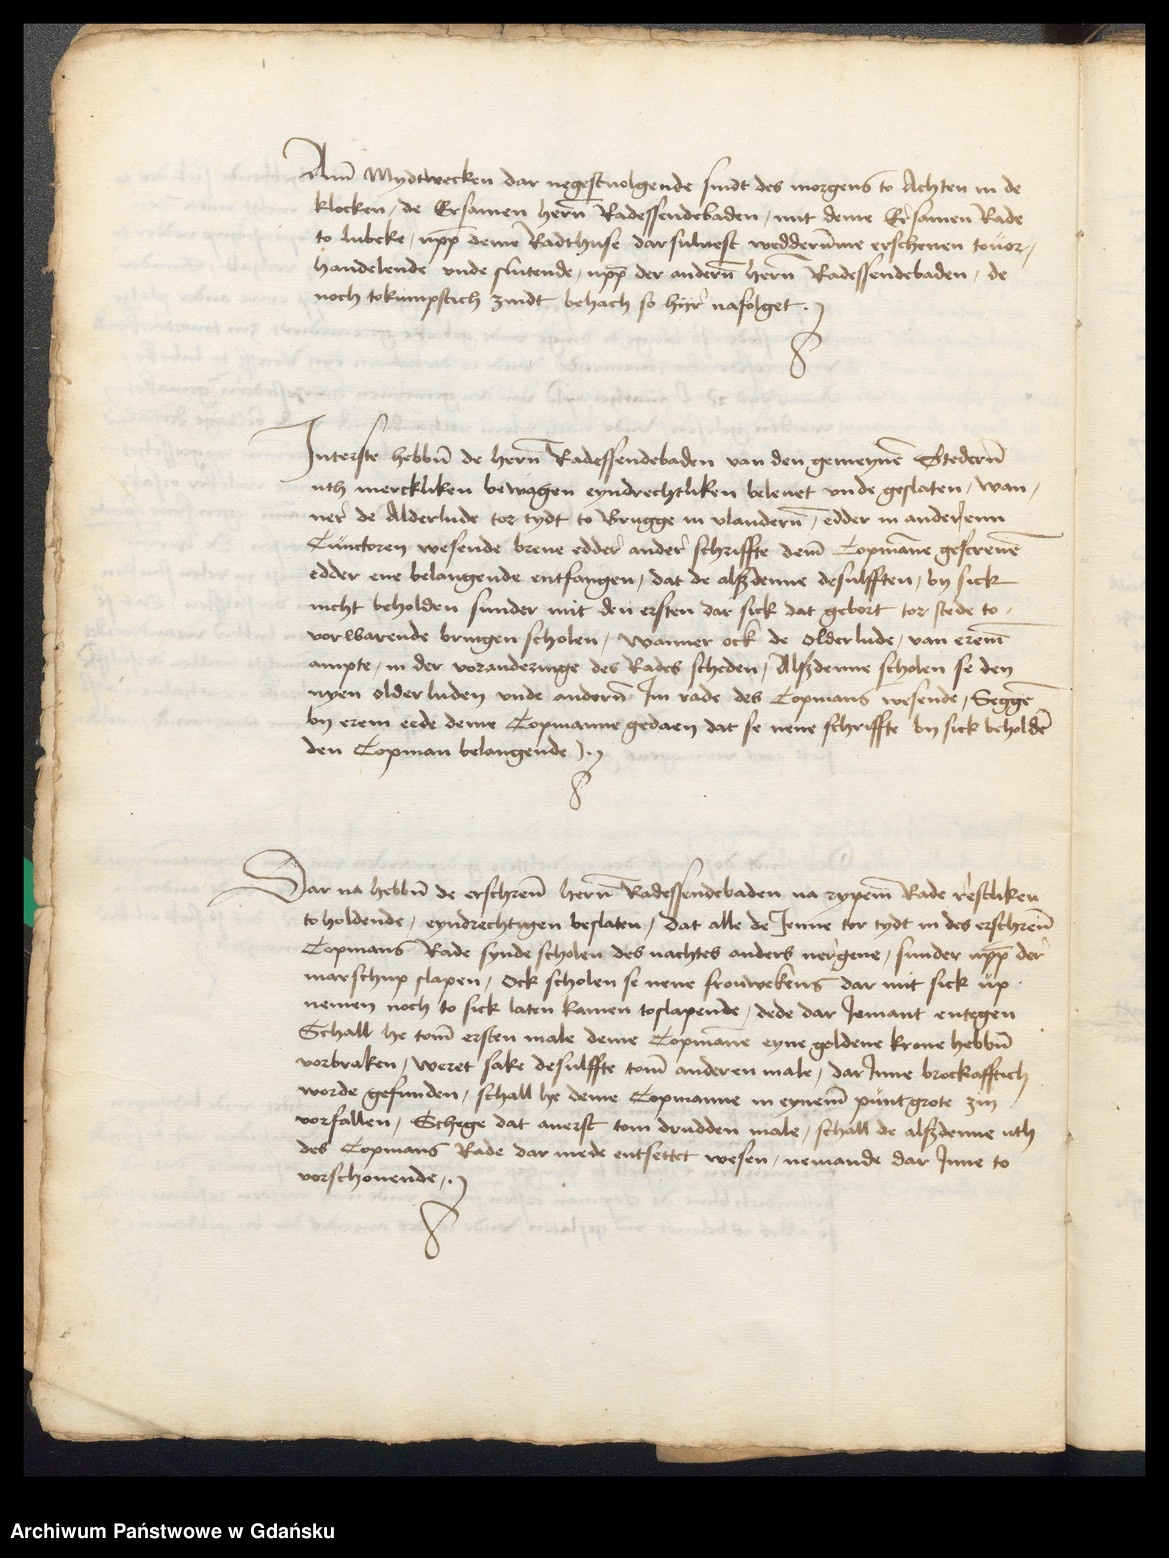
Ame Mydwecken dar negestuolgende sindt des morgens to Achten in de
klocken, de Ersamen heren Radessendebaden, mit deme Ersamen Rade
to Lubeke, vppe deme Radthuse darsuluest wedderumme erschenen touor¬
handelende vnde slutende, uppe der anderen heren Radessendebaden, de
noch tokumpstich zindt behach so hyre nafolget.

Jnterste hebben de heren Radessendebaden van den gemeynen Stederen
uth merckliken bewagen eyndrechtiken beleuet vnde geslaten, wan¬
ner de Alderlude tor tydt to Brugge in Vlanderen, edder in anderenn
Cunctoren wesende breue edder ander schriffte deme Copmanne gescreuen
edder ene belangende entfangen, dat de alßdenne desulfften, by sick
nicht beholden sunder mit den ersten dar sick dat gebort tor stede to
vorwarende bringen scholen, wanner ock de olderlude, van ereme
ampte, in der voranderinge des Rades scheden, Alßdenne scholen se den
nyen olderluden vnde anderen Jm rade des Copmans wesende, Seggen
by erem eede deme Copmanne gedaen dat se nene schriffte by sick beholden
den Copman belangende.

Dar na hebben de erschreuen heren Radessendebaden na rypeme Rade restliken
to holdende, eyndrechtigen beslaten, dat alle de Jenne tor tyt in des erschreuen
Copmans Rade synde scholen des nachtes anders nergene, sunder vppe der
marschup slapen, ock scholen se nene frouwekens dar mit sick up¬
nemen noch to sick laten kamen toslapende, dede dar Jemant entegen
Schall he tome ersten male deme Copmanne eyne goldene krone hebben
vorbraken, weret sake desulffte tome anderen male, darJnne brokafftich
worde gefunden, schall he deme Copmanne in eyneme punt grote zin
vorfallen, Schege dat auerst tom drudden male, schal de alßdenne uth
des Copmans Rade dar mede entsettet wesen, nemande dar Jnne to
vorschouende.